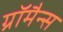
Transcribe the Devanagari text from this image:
ग्रॉमैन्स